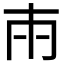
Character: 𭁢